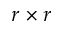
r \times r